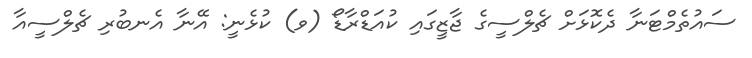
ސައުތެމްޓަނާ ދެކޮޅަށް ޗެލްސީގެ ޖާޒީގައި ކުއަޑްރާޑޯ (ވ) ކުޅެނީ: އޭނާ އެނބުރި ޗެލްސީއާ